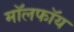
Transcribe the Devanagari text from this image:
मॉलफॉय